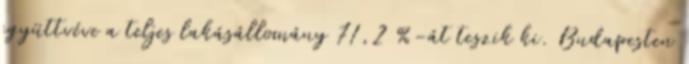
együttvéve a teljes lakásállomány 71,2 %-át teszik ki. Budapesten